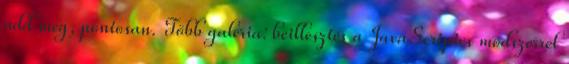
add meg, pontosan. Több galéria: beillesztés a JavaScriptes módszerrel